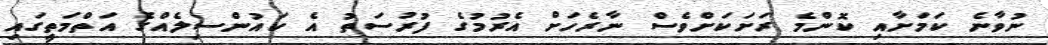
ނުވާނެ ކަމަށާއި ކޮންމެ ރަށަކަށްވެސް ނާރެހަށް އެރުމުގެ ފުރުސަތު އެ ކަައުންސިލެއްގެ އަތްމަތީގައި